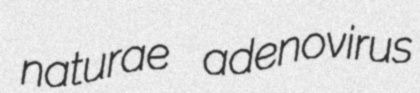
naturae adenovirus